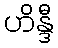
ဟိန္ဒီ